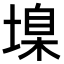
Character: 㙞